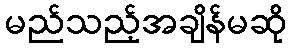
မည်သည့်အချိန်မဆို